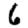
Digit: 6